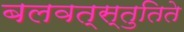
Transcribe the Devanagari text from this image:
बलवत्स्तुतिते